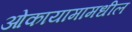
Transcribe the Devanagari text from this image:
ओकायामामधील